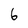
Character: 6